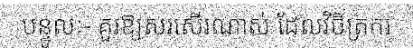
បន្ទូលៈ- គួរឱ្យសរសើរណាស់ ដែលវិចិត្រករ